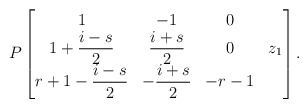
\begin{align*}P\begin{bmatrix} 1 & -1 & 0 & \\ 1+\dfrac{i-s}{2} & \dfrac{i+s}{2} & 0 & z_1 \\ r+1-\dfrac{i-s}{2} & -\dfrac{i+s}{2} & -r-1 & \end{bmatrix}.\end{align*}